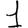
Digit: 1